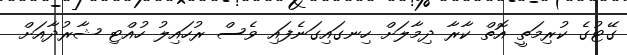
ގޭޓުގެ ކުރިމަތީ އޮތް ކާރާ ދިމާލަށް ހިނގައިގަނެފައި ވެސް ރުހައިލު ހުއްޓި ޝާރުދާއަށް